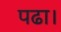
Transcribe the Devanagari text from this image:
पढा।